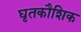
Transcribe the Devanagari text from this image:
घृतकौशिक